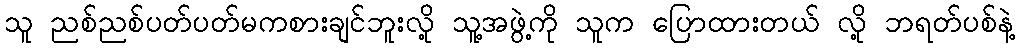
သူ ညစ်ညစ်ပတ်ပတ်မကစားချင်ဘူးလို့ သူ့အဖွဲ့ကို သူက ပြောထားတယ် လို့ ဘရတ်ပစ်နဲ့